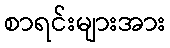
စာရင်းများအား